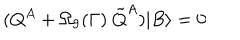
( Q ^ { A } + \Omega _ { 9 } ( \Gamma ) \ \tilde { Q } ^ { A } ) | B \rangle = 0